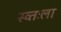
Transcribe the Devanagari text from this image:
स्व्तःला